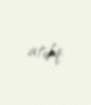
atdıq.